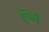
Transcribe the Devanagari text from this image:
कुंकले